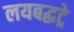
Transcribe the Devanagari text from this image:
लयबद्धट्रे